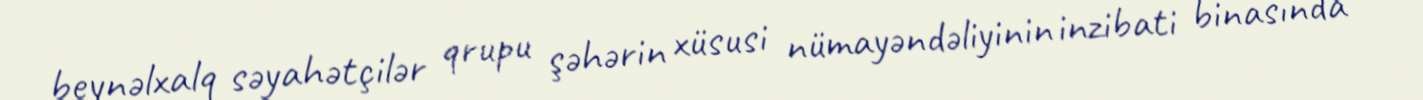
beynəlxalq səyahətçilər qrupu şəhərin xüsusi nümayəndəliyinin inzibati binasında